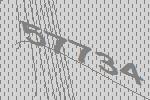
57734